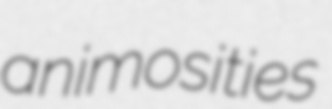
animosities